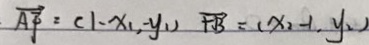
\overrightarrow { A F } = ( 1 - x _ { 1 } , - y _ { 1 ) } \overrightarrow { F B } = ( x _ { 2 } - 1 , y _ { 2 } )